Indian journal of veterinary science and animal husbandry - Volumes 24-25, 1954-1955
Year: 1954
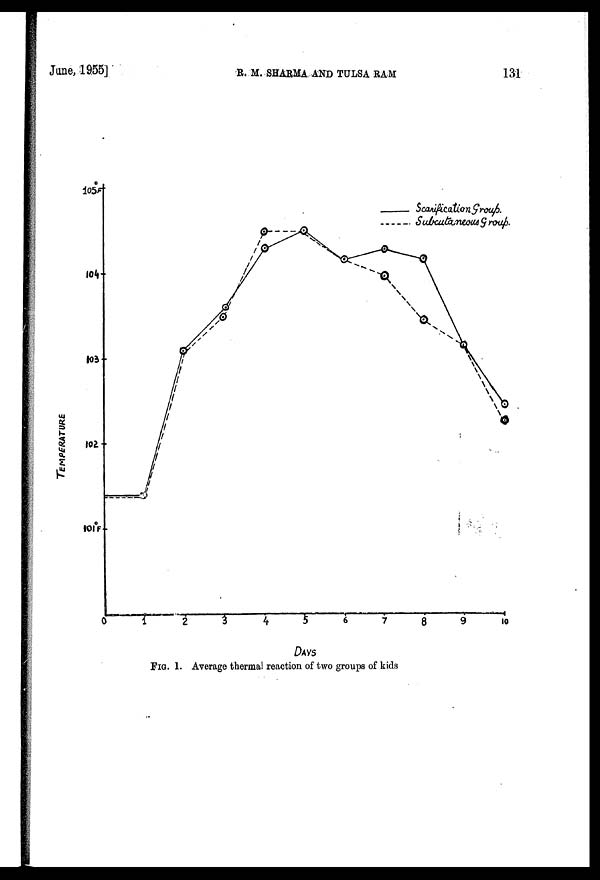
Jane,
1955]
R.
M. SHARMA AND TULSA RAM 131
FIG. 1. Average thermal reaction of two groups of kids